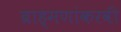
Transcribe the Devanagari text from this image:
ब्राह्मणांकरवी